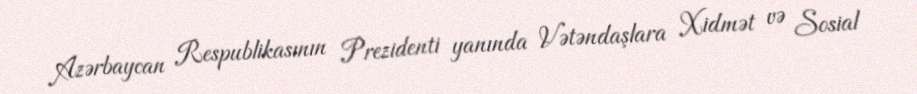
Azərbaycan Respublikasının Prezidenti yanında Vətəndaşlara Xidmət və Sosial